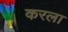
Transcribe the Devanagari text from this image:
करला